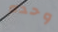
وحده